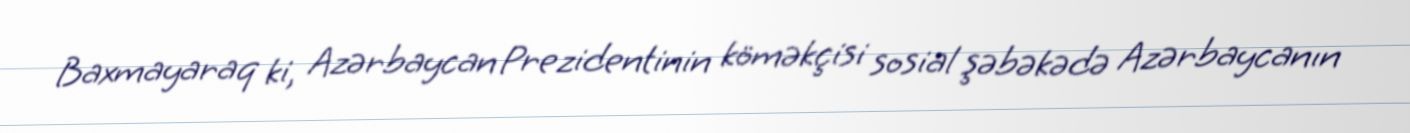
Baxmayaraq ki, Azərbaycan Prezidentinin köməkçisi sosial şəbəkədə Azərbaycanın